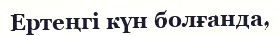
Ертеңгі күн болғанда,